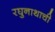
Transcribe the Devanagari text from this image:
रघुनाथाची